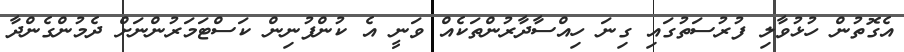
އެގޮތުން ހުޅުވާލި ފުރުސަތުގައި ގިނަ ހިއްސާދާރުންތަކެއް ވަނީ އެ ކުންފުނިން ކަސްޓަމަރުންނަށް ދެމުންގެންދާ